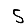
Digit: 5